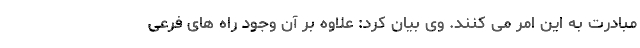
مبادرت به این امر می کنند. وی بیان کرد: علاوه بر آن وجود راه های فرعی